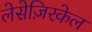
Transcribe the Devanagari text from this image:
लेसेज़िरकेल